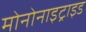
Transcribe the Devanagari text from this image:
मोनोनाइट्राइड